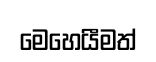
මෙහෙයීමත්